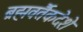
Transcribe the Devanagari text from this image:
ब्रह्मवर्तैकदेशे